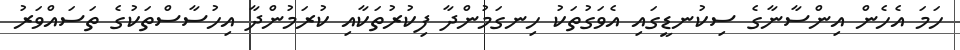
ހަމަ އެހެން އިންސާނާގެ ސިކުނޑީގައި އެވަގުތަކު ހިނގަމުންދާ ފިކުރުތަކާއި ކުރަމުންދާ އިހުސާސްތަކުގެ ތަސައްވަރު